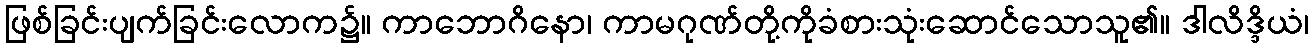
ဖြစ်ခြင်းပျက်ခြင်းလောက၌။ ကာဘောဂိနော၊ ကာမဂုဏ်တို့ကိုခံစားသုံးဆောင်သောသူ၏။ ဒါလိဒ္ဒိယံ၊